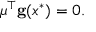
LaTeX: { \boldsymbol { \mu } } ^ { \top } \mathbf { g } ( x ^ { * } ) = 0 .